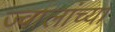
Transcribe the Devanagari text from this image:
ज्वालांच्या